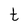
Character: t